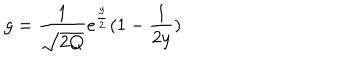
g = \frac { 1 } { \sqrt { 2 Q } } e ^ { \frac { y } { 2 } } ( 1 - \frac { 1 } { 2 y } )